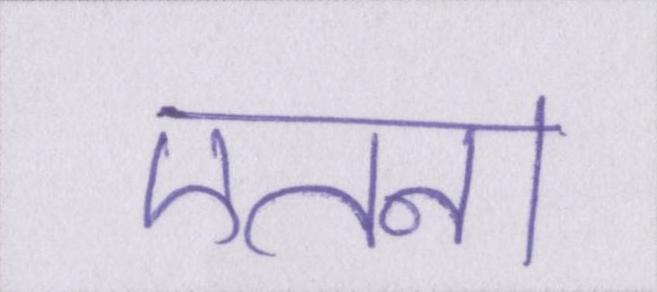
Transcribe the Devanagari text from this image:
एतना